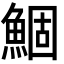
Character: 鯝